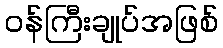
ဝန်ကြီးချုပ်အဖြစ်